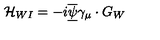
\mathcal { H } _ { W I } = - i \overline { { \underline { { \psi } } } } \gamma _ { \mu } \cdot G _ { W }